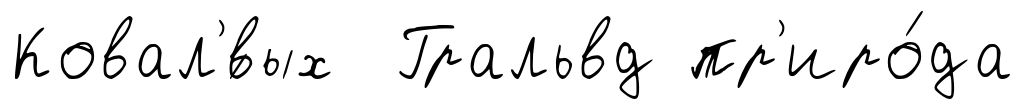
Ковал'́вых Гральвд пр'иро́да